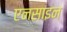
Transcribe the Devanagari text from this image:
एनसाइन